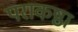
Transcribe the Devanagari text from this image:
पराकष्ठा